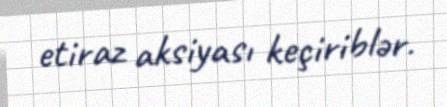
etiraz aksiyası keçiriblər.